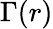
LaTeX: \Gamma(r)